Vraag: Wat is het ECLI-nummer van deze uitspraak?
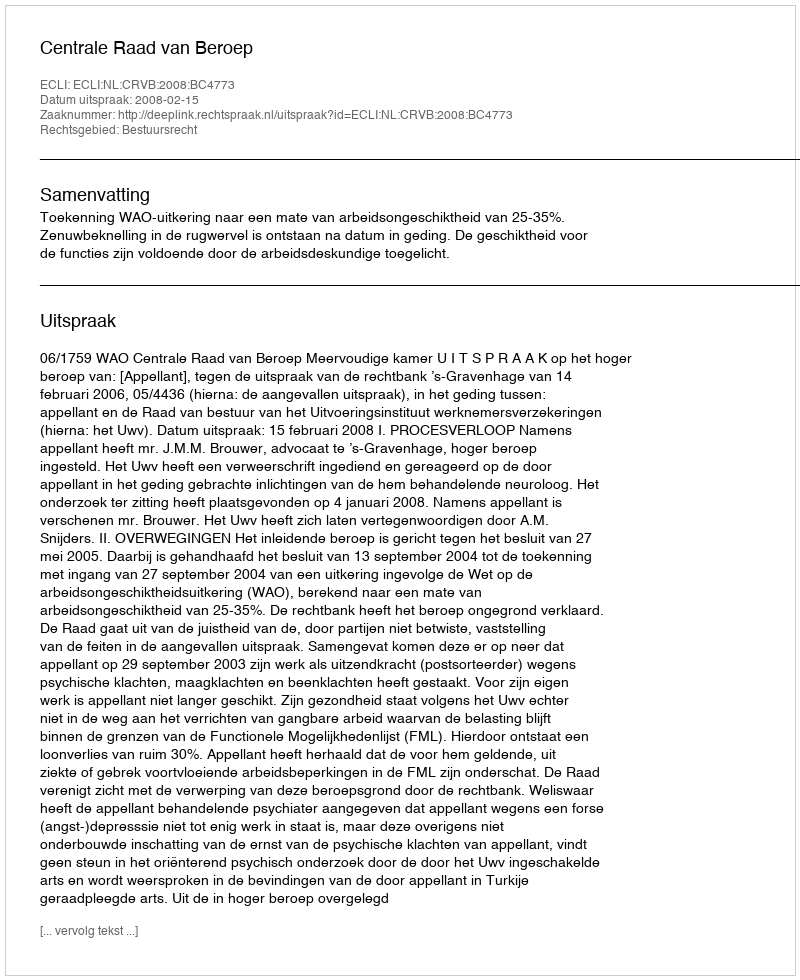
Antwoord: ECLI:NL:CRVB:2008:BC4773